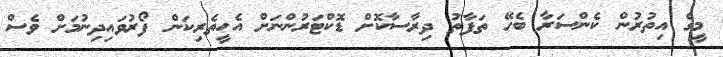
މީގެ އިތުރުން ކެންސަރާ ބެހޭ ތަފާތު ދިރާސާކޮށް ޑޮކްޓަރުންނަށް އެހީތެރިކަން ފޯރުވައިދިނުމަށް ވެސް